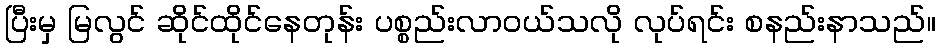
ပြီးမှ မြလွင် ဆိုင်ထိုင်နေတုန်း ပစ္စည်းလာဝယ်သလို လုပ်ရင်း စနည်းနာသည်။